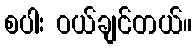
စပါး ဝယ်ချင်တယ်။